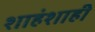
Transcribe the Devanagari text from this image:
शाहंशाही